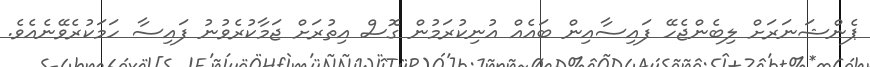
ޕެންޝަނަރަށް ލިބެންޖެހޭ ފައިސާއިން ބައެއް އުނިކުރަމުން ގޮސް އިތުރަށް ޖަމާކުރެވުނު ފައިސާ ހަމަކުރެވޭނެއެވެ.